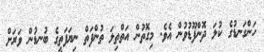
ހަންގަނޑުގެ ކުލަ ދޮންފޫޑުވުން އެވެ. މިގޮތުން އަތްތިލަ ތުންފަތް ނިޔަފަތީގެ ބުނޑުން ވަރަށް